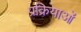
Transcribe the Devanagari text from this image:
प्रक्रियाओं